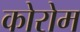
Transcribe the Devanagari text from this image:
कोरोम